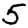
Digit: 5